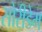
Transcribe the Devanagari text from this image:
सोरीडेम